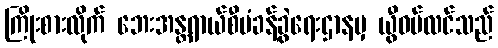
ကြိုးစားလိုက် ဘေးအန္တရာယ်စီမံခန့်ခွဲရေးဌာနမှ ယွီဝမ်လင်သည်